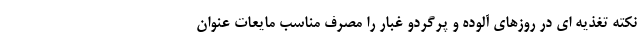
نکته تغذیه ای در روزهای آلوده و پرگردو غبار را مصرف مناسب مایعات عنوان